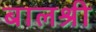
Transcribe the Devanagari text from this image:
बालश्री